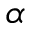
\alpha